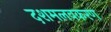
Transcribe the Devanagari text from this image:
दशमलवकरण